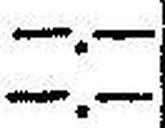
—.—